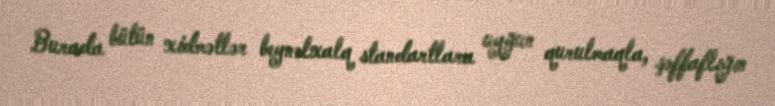
Burada bütün xidmətlər beynəlxalq standartlara uyğun qurulmaqla, şəffaflığın